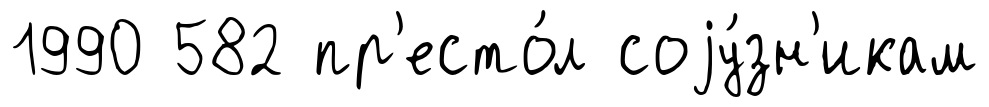
1990 582 пр'есто́л соjу́зн'икам